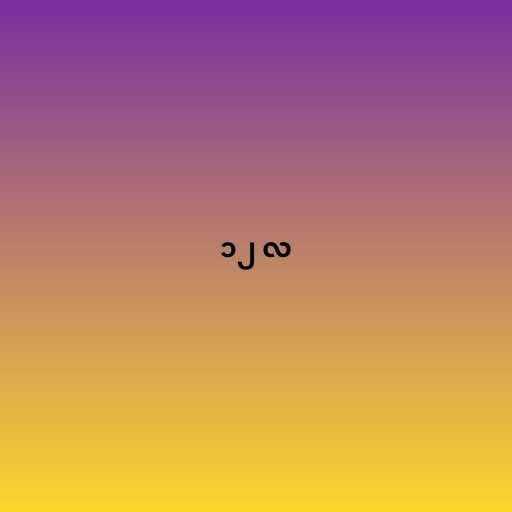
၁၂ လ